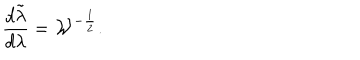
{ \frac { d \tilde { \lambda } } { d \lambda } } = { \cal W } ^ { - { \frac { 1 } { 2 } } } .